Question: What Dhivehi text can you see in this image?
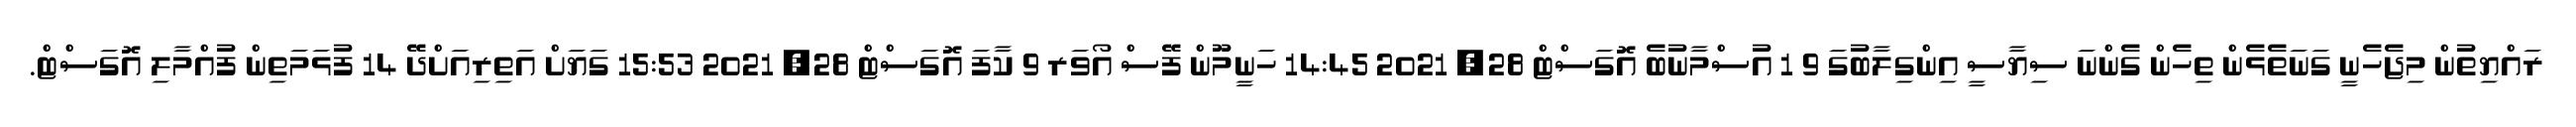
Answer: ރައްޔިތުން މިޖެހެނީ ގަނަތެޅެން ތިހެން ގެންނަ ސިޔާސީ އިންގިލާބުގަ 9 1 އުސްމާނުބެ އޮގަސްޓް 28, 2021 14:45 ހަނީމޫން ފޭސް އޯވަރ 9 ކާފަ އޮގަސްޓް 28, 2021 15:53 ގަޔަށް އަތިރިއަށްދޭ 14 ފުޅަމަތިން ފުއްމާލި އޮގަސްޓް.